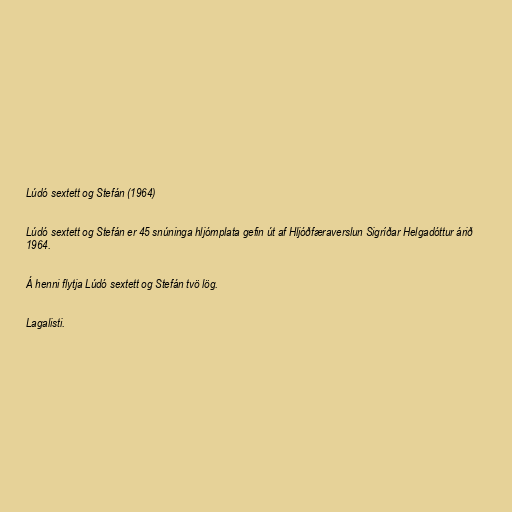
Lúdó sextett og Stefán (1964)

Lúdó sextett og Stefán er 45 snúninga hljómplata gefin út af Hljóðfæraverslun Sigríðar Helgadóttur árið
1964.

Á henni flytja Lúdó sextett og Stefán tvö lög.

Lagalisti.